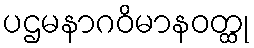
ပဌမနာဂဝိမာနဝတ္ထု